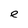
Character: e